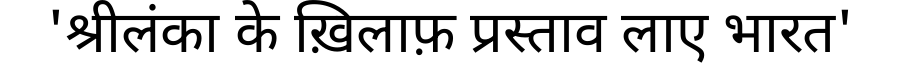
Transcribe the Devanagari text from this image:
'श्रीलंका के ख़िलाफ़ प्रस्ताव लाए भारत'